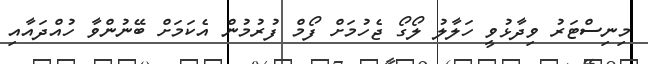
މިނިސްޓަރު ވިދާޅުވީ ހަލާލު ލޯގޯ ޖެހުމަށް ފޯމް ފުރުމުން އެކަމަށް ބޭނުންވާ ހުއްދައާއި